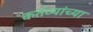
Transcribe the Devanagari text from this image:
कर्तव्यांच्या